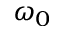
\omega _ { 0 }